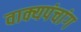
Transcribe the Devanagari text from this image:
वाक्यपंचांग